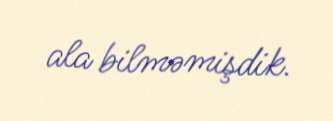
ala bilməmişdik.